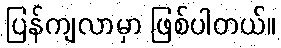
ပြန်ကျလာမှာ ဖြစ်ပါတယ်။